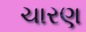
ચારણ